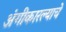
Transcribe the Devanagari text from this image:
अंगीकारल्याचे